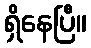
ရှိနေပြီ။